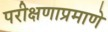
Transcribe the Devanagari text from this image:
परीक्षणाप्रमाणे